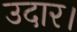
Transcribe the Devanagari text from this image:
उदार।